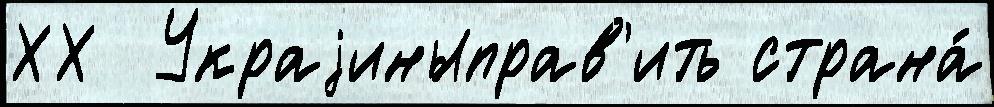
ХХ  Украjиныправ'ить страна́